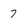
Character: 7